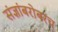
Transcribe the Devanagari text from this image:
संज्ञांबरोबरच